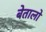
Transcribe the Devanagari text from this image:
बेतालो